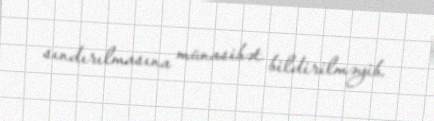
sındırılmasına münasibət bildirilməyib.